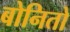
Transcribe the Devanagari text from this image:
बोनितो